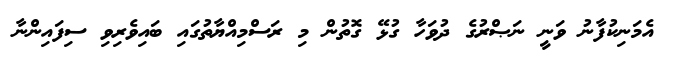
އެމަނިކުފާނު ވަނީ ނަޞްރުގެ ދުވަހާ ގުޅޭ ގޮތުން މި ރަސްމިއްޔާތުގައި ބައިވެރިވި ސިފައިންނާ